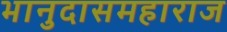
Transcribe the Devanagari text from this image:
भानुदासमहाराज